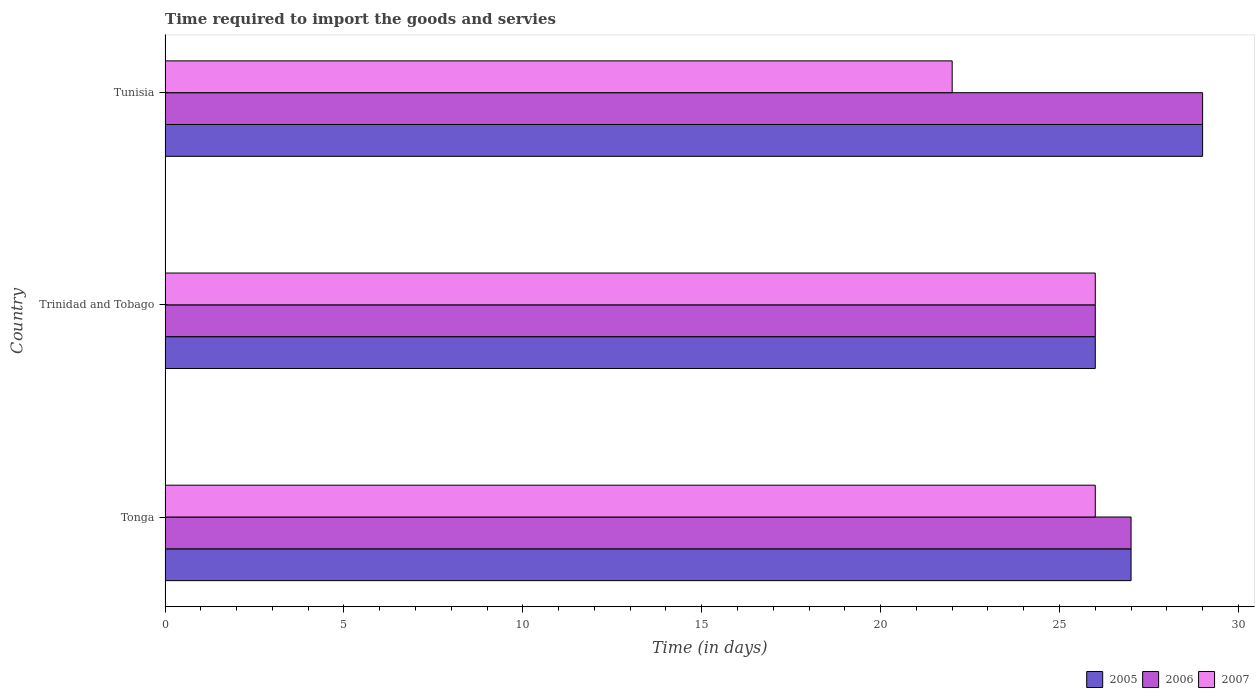
| Country | 2005 | 2006 | 2007 |
 | --- | --- | --- | --- |
 | Tonga | 27 | 27 | 26 |
 | Trinidad and Tobago | 26 | 26 | 26 |
 | Tunisia | 29 | 29 | 22 |